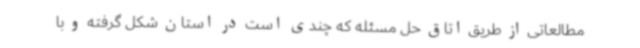
مطالعاتی از طریق اتاق حل مسئله که چندی است در استان شکل گرفته و با